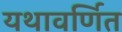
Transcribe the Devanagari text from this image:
यथावर्णित